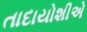
તાદાયોશીએ